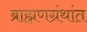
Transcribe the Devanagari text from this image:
ब्राह्मणग्रंथांत